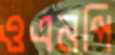
ওএনপি